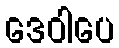
ဒေဝါပေ